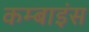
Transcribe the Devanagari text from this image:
कम्बाइंस